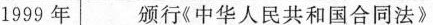
1999年 颁行《中华人民共和国合同法》